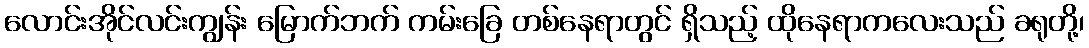
လောင်းအိုင်လင်းကျွန်း မြောက်ဘက် ကမ်းခြေ တစ်နေရာတွင် ရှိသည့် ထိုနေရာကလေးသည် ခရုတို့၊